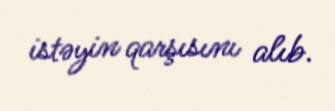
istəyin qarşısını alıb.